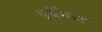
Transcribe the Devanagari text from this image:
पूर्वेघाट